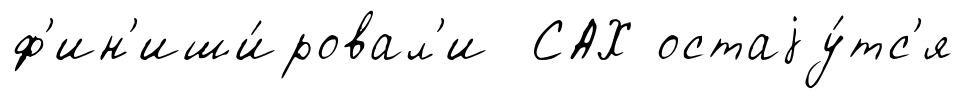
ф'ин'иши́ровал'и САХ остаjу́тс'я